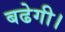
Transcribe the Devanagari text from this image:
बढेगी।